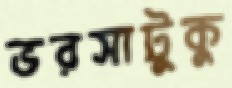
ভরসাটুকু